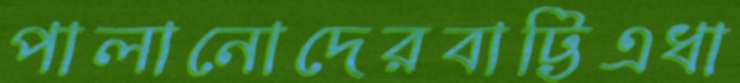
পালানোদেরবাট্টিএধা